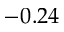
- 0 . 2 4